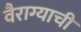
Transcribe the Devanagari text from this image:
वैराग्‍याची